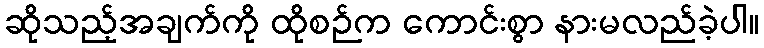
ဆိုသည့်အချက်ကို ထိုစဉ်က ကောင်းစွာ နားမလည်ခဲ့ပါ။